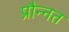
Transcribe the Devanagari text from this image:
प्रौन्‍नत